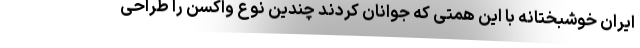
ایران خوشبختانه با این همتی که جوانان کردند چندین نوع واکسن را طراحی